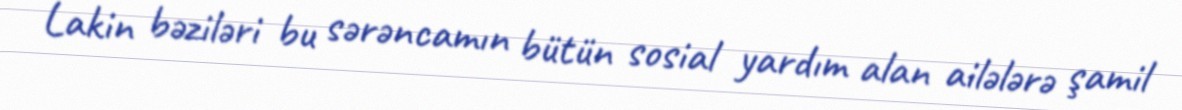
Lakin bəziləri bu sərəncamın bütün sosial yardım alan ailələrə şamil